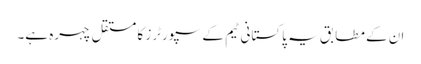
ان کے مطابق یہ پاکستانی ٹیم کے سپورٹرز کا مستقل چہرہ ہے۔